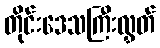
တိုင်းဒေသကြီးလွှတ်